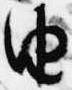
由